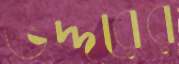
ভদ্দরের